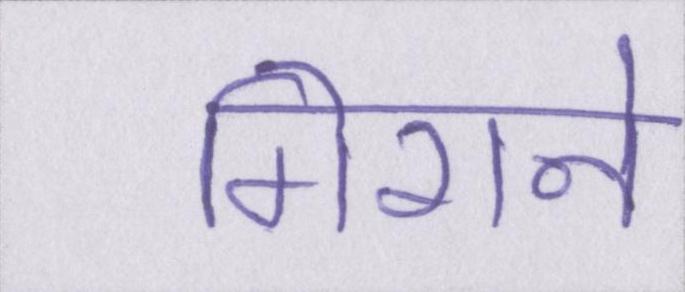
गिराने